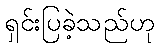
ရှင်းပြခဲ့သည်ဟု